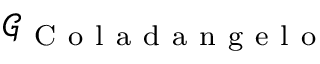
\mathcal { G } _ { \mathrm { ~ C ~ o ~ l ~ a ~ d ~ a ~ n ~ g ~ e ~ l ~ o ~ } }